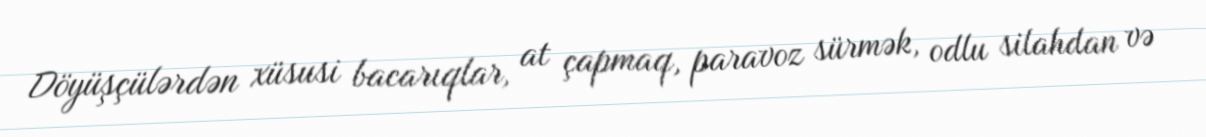
Döyüşçülərdən xüsusi bacarıqlar, at çapmaq, paravoz sürmək, odlu silahdan və